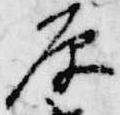
原